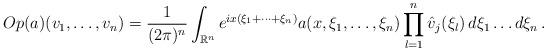
LaTeX: \begin{align*}Op(a)(v_1, \dotsc, v_n) = \frac{1}{(2\pi)^n}\int_{\mathbb{R}^n}e^{ix(\xi_1 + \dots + \xi_n)} a(x, \xi_1, \dotsc, \xi_n)\prod_{l=1}^n \hat{v}_j(\xi_l)\, d\xi_1 \dots d\xi_n \, .\end{align*}